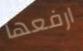
ارفعها